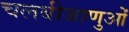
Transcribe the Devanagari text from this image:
चलबीजाणुओं